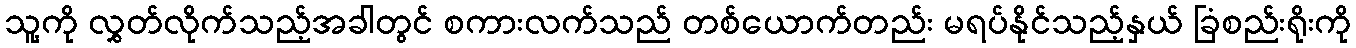
သူ့ကို လွှတ်လိုက်သည့်အခါတွင် စကားလက်သည် တစ်ယောက်တည်း မရပ်နိုင်သည့်နှယ် ခြံစည်းရိုးကို